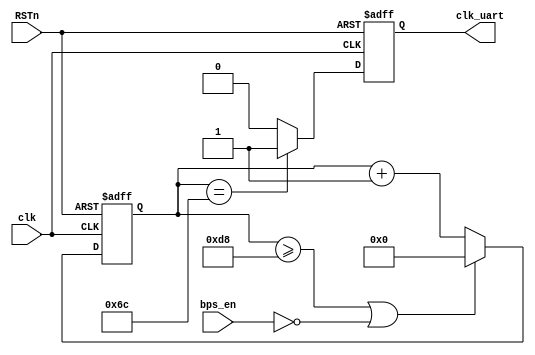
/*
 * @Author: Xuejian Sun 
 * @Date: 2023-02-23 11:00:16 
 * @Last Modified by: Xuejian Sun
 * @Last Modified time: 2023-03-04 20:24:23
 */

module clkuart_pwm #(parameter BPS_PARA = 217)    //115200
                    (input bps_en,
                     input clk,
                     input RSTn,
                     output reg clk_uart);
    
    reg	[12:0] cnt = 0;
    
    always @ (posedge clk or negedge RSTn) begin
        if (~RSTn) cnt <= 13'b0;
        else if ((cnt >= BPS_PARA-1)||(!bps_en)) cnt <= 13'b0;
        else cnt <= cnt + 1'b1;
    end
    
    always @ (posedge clk or negedge RSTn) begin
        if (~RSTn) clk_uart <= 1'b0;
        else if (cnt == (BPS_PARA>>1)) clk_uart <= 1'b1;
        else clk_uart <= 1'b0;
    end
    
endmodule